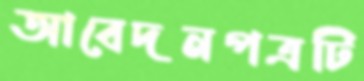
আবেদনপত্রটি